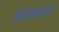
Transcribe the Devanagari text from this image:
किरिक्काले